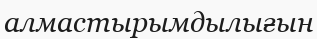
алмастырымдылығын